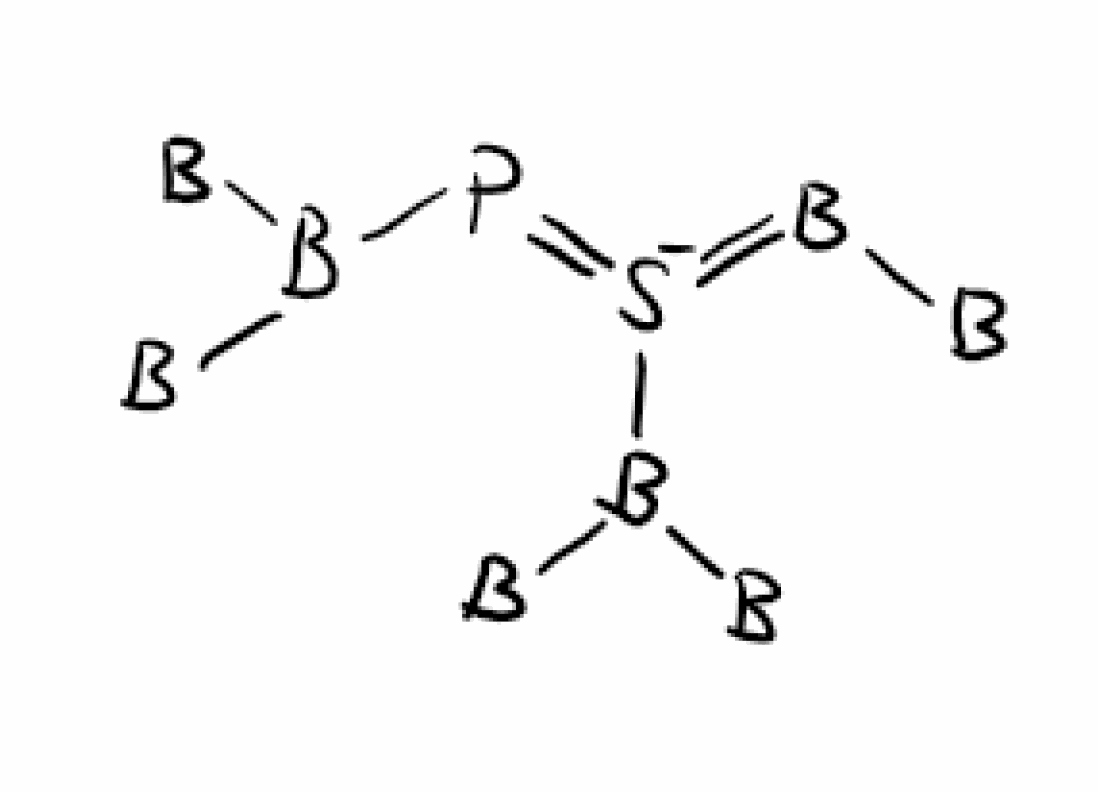
Simplified molecular-input line-entry system (SMILES) notation of the given molecule:
[B]B=[S-](=PB([B])[B])B([B])[B]